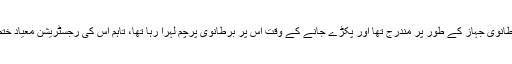
اب یہ ایک برطانوی جہاز کے طور پر مندرج تھا اور پکڑے جانے کے وقت اس پر برطانوی پرچم لہرا رہا تھا، تاہم اس کی رجسٹریشن معیاد ختم ہو چکی تھی۔